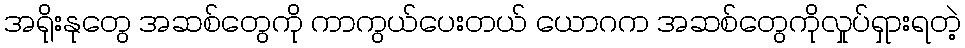
အရိုးနုတွေ အဆစ်တွေကို ကာကွယ်ပေးတယ် ယောဂက အဆစ်တွေကိုလှုပ်ရှားရတဲ့